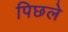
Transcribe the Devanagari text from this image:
पिछले